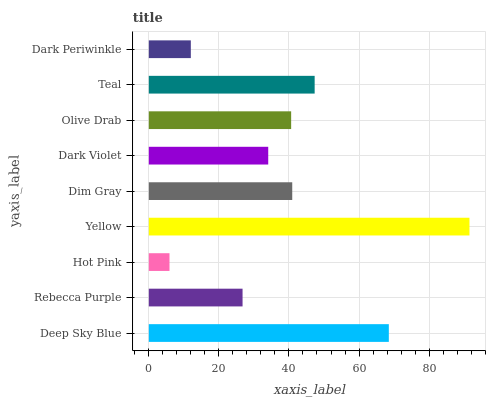
| yaxis_label | bars |
 | --- | --- |
 | Deep Sky Blue | 68.5 |
 | Rebecca Purple | 26.8 |
 | Hot Pink | 5.9 |
 | Yellow | 91.5 |
 | Dim Gray | 40.9 |
 | Dark Violet | 34.1 |
 | Olive Drab | 40.6 |
 | Teal | 47.3 |
 | Dark Periwinkle | 12 |